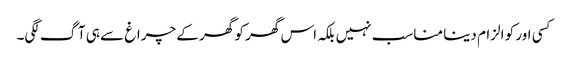
کسی اور کو الزام دینا مناسب نہیں بلکہ اس گھر کو گھر کے چراغ سے ہی آگ لگی۔